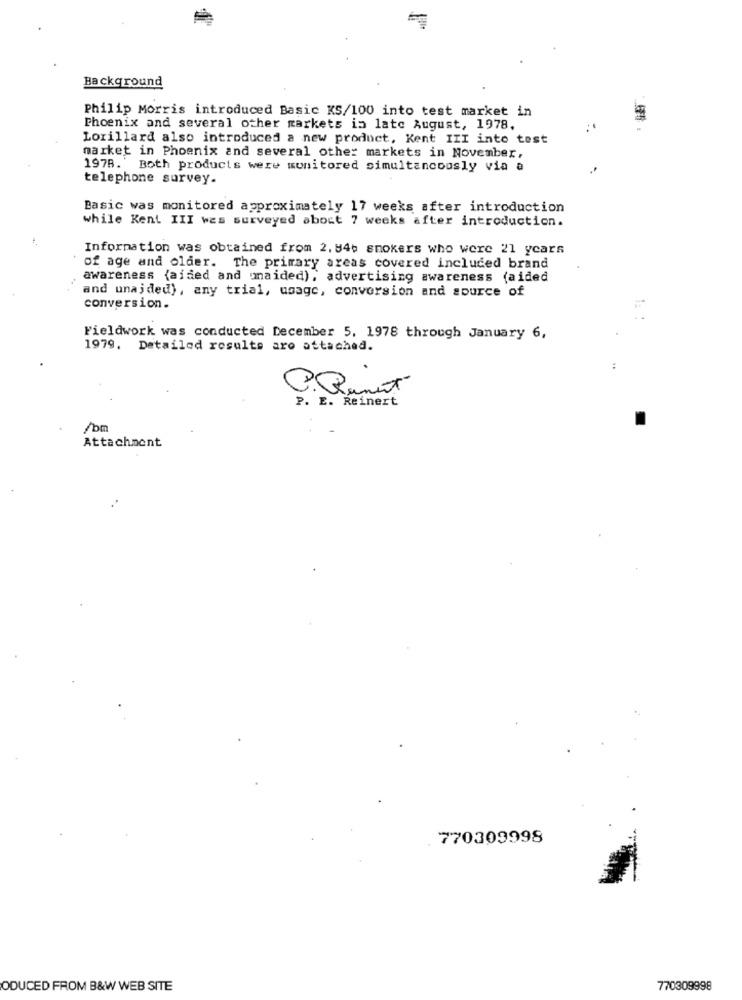
Background
Philip Morris introduced Basic KS/100 into test market in
Phoenix and several other markets is late August, 1978.
掛:
Lorillard also introduced a new product, Kent III into test
market in Phoenix and several other markets in November,
1978. Both products were monitored simultaneously via a
telephone survey.
Basic was monitored approximately 17 weeks after introduction
while Kent III was surveyed aboct 7 weeks after introduction.
Information was obtained from 2. 84+ smokers who were 21 years
of age and older. The primary areas covered included brand
awareness {aided and unaided), advertising awareness (aided
and unajded), any trial, usage, conversion and source of
conversion.
Fieldwork was conducted December 5, 1978 through January 6,
1979. Detailed results are attached.
P. E. Reinert
/om
Attachment
770309998
ODUCED FROM B&W WEB SITE
770309998